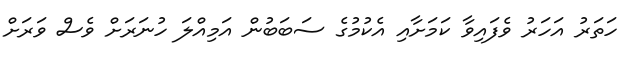
ހަތަރު އަހަރު ވެފައިވާ ކަމަށާއި އެކުމުގެ ސަބަބުން އަމިއްލަ ހުނަރަށް ވެސް ވަރަށް